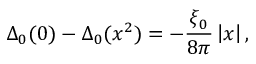
\Delta _ { 0 } ( 0 ) - \Delta _ { 0 } ( x ^ { 2 } ) = - \frac { \xi _ { 0 } } { 8 \pi } \left| x \right| ,